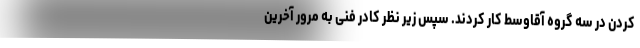
کردن در سه گروه آقاوسط کار کردند. سپس زیر نظر کادر فنی به مرور آخرین